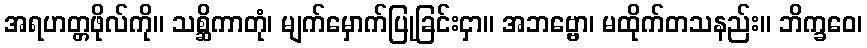
အရဟတ္တဖိုလ်ကို။ သစ္ဆိကာတုံ၊ မျက်မှောက်ပြုခြင်းငှာ။ အဘဗ္ဗော၊ မထိုက်တသနည်း။ ဘိက္ခဝေ၊